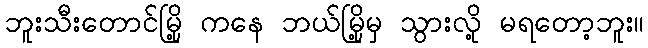
ဘူးသီးတောင်မြို့ ကနေ ဘယ်မြို့မှ သွားလို့ မရတော့ဘူး။